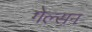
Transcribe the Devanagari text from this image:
गेल्सन